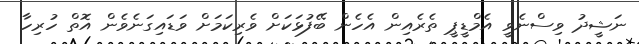
ނަޝީދު ވިސްނެވީ އެމްޑީޕީ ތެރެއިން އެހެން ބޭފުޅަކަށް ވެރިކަމަށް ވަޑައިގަނެވެން އޮތް ހުރިހާ